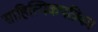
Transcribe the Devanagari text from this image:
साहित्यिकपत्रिका